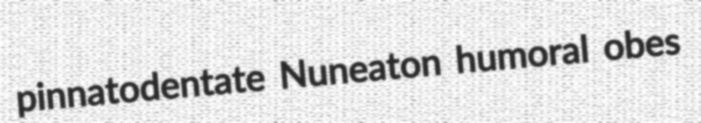
pinnatodentate Nuneaton humoral obes